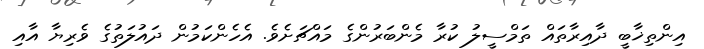
އިންތިޚާބީ ދާއިރާތައް ތަމްސީލު ކުރާ މެންބަރުންގެ މައްޗަށެވެ. އެހެންކަމުން ދައުލަތުގެ ވެރިޔާ އާއި